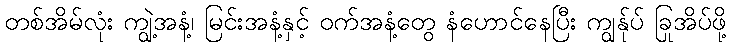
တစ်အိမ်လုံး ကျွဲ့အနံ့၊ မြင်းအနံ့နှင့် ဝက်အနံ့တွေ နံဟောင်နေပြီး ကျွန်ုပ် ခြုအိပ်ဖို့